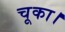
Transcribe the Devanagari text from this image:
चूका।